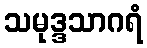
သမုဒ္ဒသာဂရံ